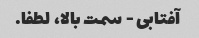
آفتابی - سمت بالا، لطفا.